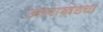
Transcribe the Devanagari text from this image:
उत्तराखंडचा